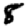
Digit: 8